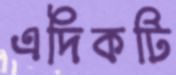
এদিকটি